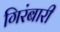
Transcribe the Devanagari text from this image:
गिरंबारी